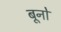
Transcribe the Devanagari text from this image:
बूनो